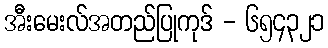
အီးမေးလ်အတည်ပြုကုဒ် - ၆၅၄၃၂၁